Civil Veterinary Dept. Assam report 1927-50 - 1927-1950
Year: 1927
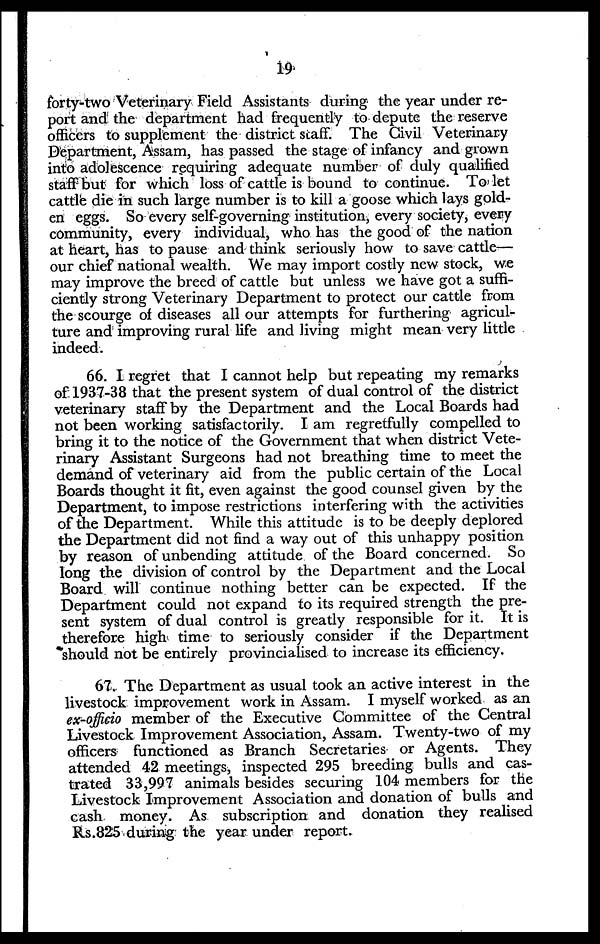
19
forty-two Veterinary Field Assistants during the year under re-
port and the department had frequently to depute the reserve
officers to supplement the district staff. The Civil Veterinary
Department, Assam, has passed the stage of infancy and grown
into adolescence requiring adequate number of duly qualified
staff but for which loss of cattle is bound to continue. To let
cattle die in such large number is to kill a goose which lays gold-
en eggs. So every self-governing institution, every society, every
community, every individual, who has the good of the nation
at heart, has to pause and think seriously how to save cattle—
our chief national wealth. We may import costly new stock, we
may improve the breed of cattle but unless we have got a suffi-
ciently strong Veterinary Department to protect our cattle from
the scourge of diseases all our attempts for furthering agricul-
ture and improving rural life and living might mean very little
indeed.
66. I regret that I cannot help but repeating my remarks
of 1937-38 that the present system of dual control of the district
veterinary staff by the Department and the Local Boards had
not been working satisfactorily. I am regretfully compelled to
bring it to the notice of the Government that when district Vete-
rinary Assistant Surgeons had not breathing time to meet the
demand of veterinary aid from the public certain of the Local
Boards thought it fit, even against the good counsel given by the
Department, to impose restrictions interfering with the activities
of the Department. While this attitude is to be deeply deplored
the Department did not find a way out of this unhappy position
by reason of unbending attitude of the Board concerned. So
long the division of control by the Department and the Local
Board will continue nothing better can be expected. If the
Department could not expand to its required strength the pre-
sent system of dual control is greatly responsible for it. It is
therefore high time to seriously consider if the Department
should not be entirely provincialised to increase its efficiency.
67. The Department as usual took an active interest in the
livestock improvement work in Assam. I myself worked as an
ex-officio member of the Executive Committee of the Central
Livestock Improvement Association, Assam. Twenty-two of my
officers functioned as Branch Secretaries or Agents. They
attended 42 meetings, inspected 295 breeding bulls and cas-
trated 33,997 animals besides securing 104 members for the
Livestock Improvement Association and donation of bulls and
cash money. As subscription and donation they realised
Rs.825 during the year under report.